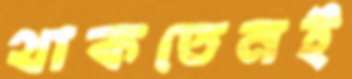
থাকতেনই